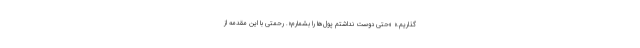
گذاریم.» «حتی دوست نداشتم پول‌ها را بشمارم». رحمتی با این مقدمه از